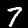
Label: 7